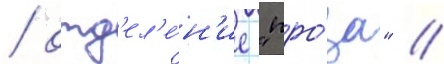
/ отд'ел'е́н'ие "про́за" //